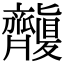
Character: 𪗑